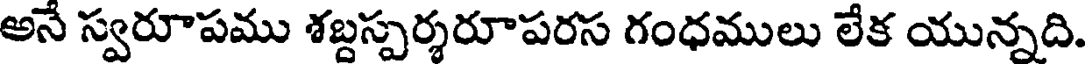
అనే స్వరూపము శబ్దస్పర్శరూపరస గంధములు లేక యున్నది.